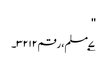
''
۷؂مسلم، رقم ۳۲۱۲۔